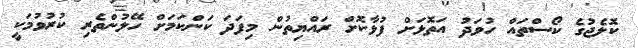
ކޮލެޖުގެ ކޯސްތައް ހުވަދު އަތޮޅަށް ފުޅާކޮށް ރައްޔިތުން މިފަދަ ކަންކަމަށް ހޭލުންތެރި ކުރުވުމަކީ